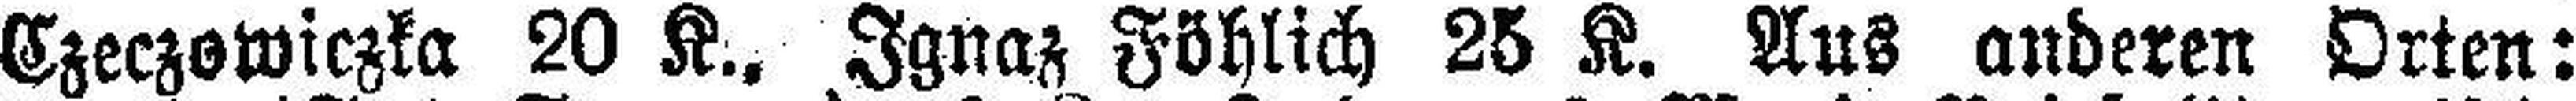
Czeczowiczka 20 K., Ignaz Föhlich 25 K. Aus anderen Orten: